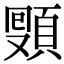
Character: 𩓔